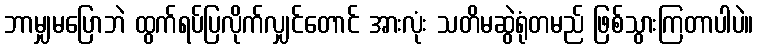
ဘာမျှမပြောဘဲ ထွက်ရပ်ပြလိုက်လျှင်တောင် အားလုံး သတိမဆွဲရုံတမည် ဖြစ်သွားကြတာပါပဲ။